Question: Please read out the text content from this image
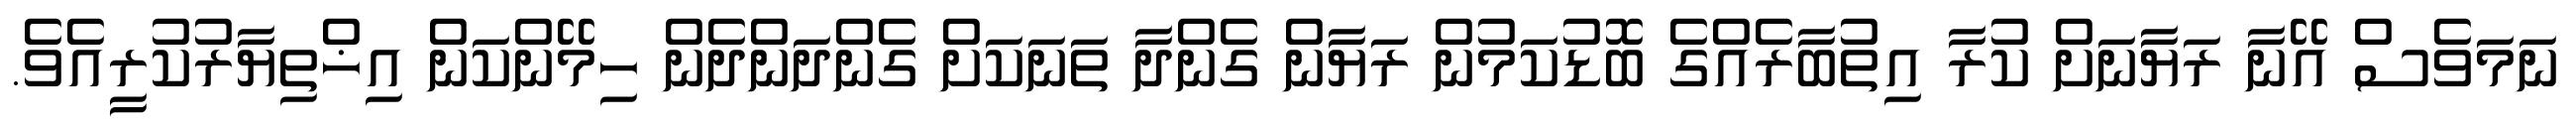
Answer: ނަމަވެސް އޭނާ ރަޔާނަށް ކުރާ އިތުބާރެއްގެ ބޮޑުކަމުން ރަޔާން ގެންދާ ތަނަކަށް ގެންދަންދެން ހިމޭންކަން އިޚްތިޔާރުކުރީއެވެ.